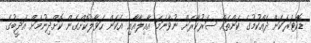
ޑޮކްޓަރަކަށް ދެއްކުމުގެ ކަންތައް ސަރުކާރަށް ނުވާނަމަ އާއިލާއާއި އެކަން ހަވާލުކޮށްގެން ކޮށްދިނުމަށް އަދީބުގެ